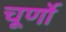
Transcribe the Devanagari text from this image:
चूर्णो